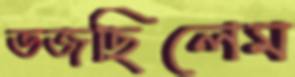
ভজছিলেম